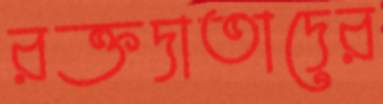
রক্তদাতাদের